Report on the lunatic asylums under the Government of Bombay - 1904-1913
Year: 1904
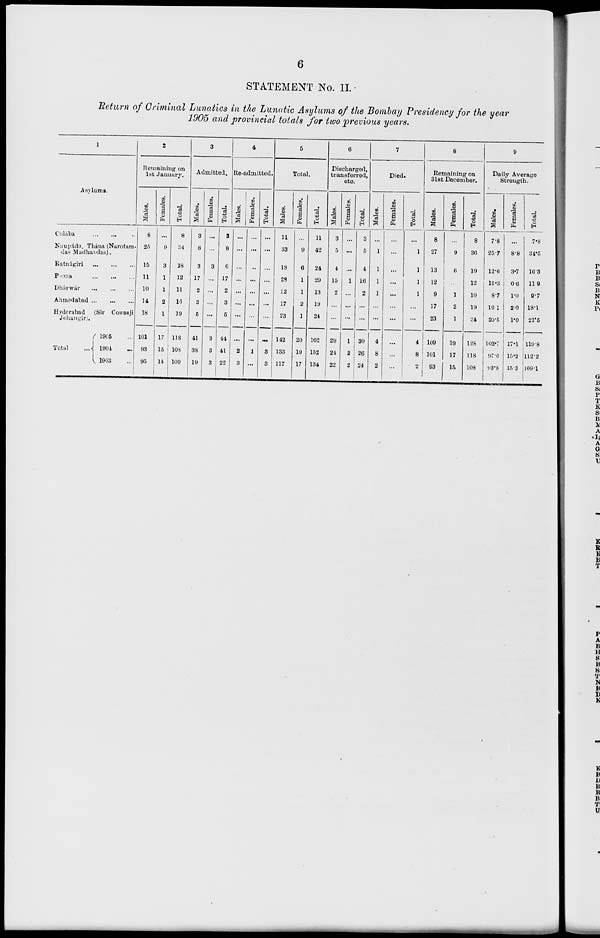
6
STATEMENT No. II.
Return of Criminal Lunatics in the Lunatic Asylums of the Bombay Presidency for the year
1905 and provincial totals for two previous years.
1
Asylums.
Colába
...
... ...
Naupáda, Thána (Narotam-
das Madhavdas).
Ratnágiri ... ... ...
Poona ... ... ...
Dhárwár
...
...
...
Ahmedabad
...
...
...
Hyderabad (Sir Cowasji
Jehangiri).
Total
1905 ...
1904 ...
1903 ...
2
Remaining on
1st January.
Males.
8
25
15
11
10
14
18
101
93
95
Females.
...
9
3
1
1
2
1
17
15
14
Total.
8
34
18
12
11
16
19
118
108
109
3
Admitted.
Males.
3
8
3
17
2
3
5
41
38
19
Females.
...
...
3
...
...
...
...
3
3
3
Total.
3
8
6
17
2
3
5
44
41
22
4
Re-admitted.
Males.
...
...
...
...
...
...
...
...
2
3
Females.
...
...
...
...
...
...
...
...
1
...
Total.
...
...
...
...
...
...
...
...
3
3
5
Total.
Males.
11
33
18
28
12
17
23
142
133
117
Females.
...
9
6
1
1
2
1
20
19
17
Total.
11
42
24
29
13
19
24
162
152
134
6
Discharged,
transferred,
etc.
Males.
3
5
4
15
2
...
...
29
24
22
Females.
...
...
...
1
...
...
...
1
2
2
Total.
3
5
4
16
2
...
...
30
26
24
7
Died.
Males.
...
1
1
1
1
...
...
4
8
2
Females.
...
...
...
...
...
...
...
...
...
...
Total.
...
1
1
1
1
...
...
4
8
2
8
Remaining on
31st December.
Males.
8
27
13
12
9
17
23
109
101
93
Females.
...
9
6
...
1
2
1
19
17
15
Total.
8
36
19
12
10
19
24
128
118
108
9
Daily Average
Strength.
Males.
7.8
25.7
12.6
11.3
8.7
16.1
20.5
102.7
97.0
93.8
Females.
...
8.8
3.7
0.6
1.0
2.0
1.0
17.1
15.2
15.3
Total.
7.8
34.5
16.3
11.9
9.7
18.1
21.5
119.8
112.2
109.1